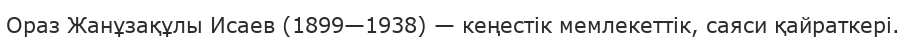
Ораз Жанұзақұлы Исаев (1899—1938) — кеңестік мемлекеттік, саяси қайраткері.